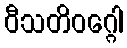
ဝီသတိဝဂ္ဂေါ